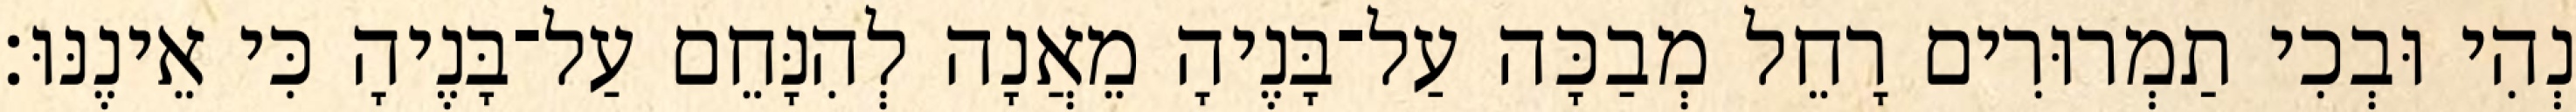
נְהִי וּבְכִי תַמְרוּרִים רָחֵל מְבַכָּה עַל־בָּנֶיהָ מֵאֲנָה לְהִנָּחֵם עַל־בָּנֶיהָ כִּי אֵינֶנּוּ׃